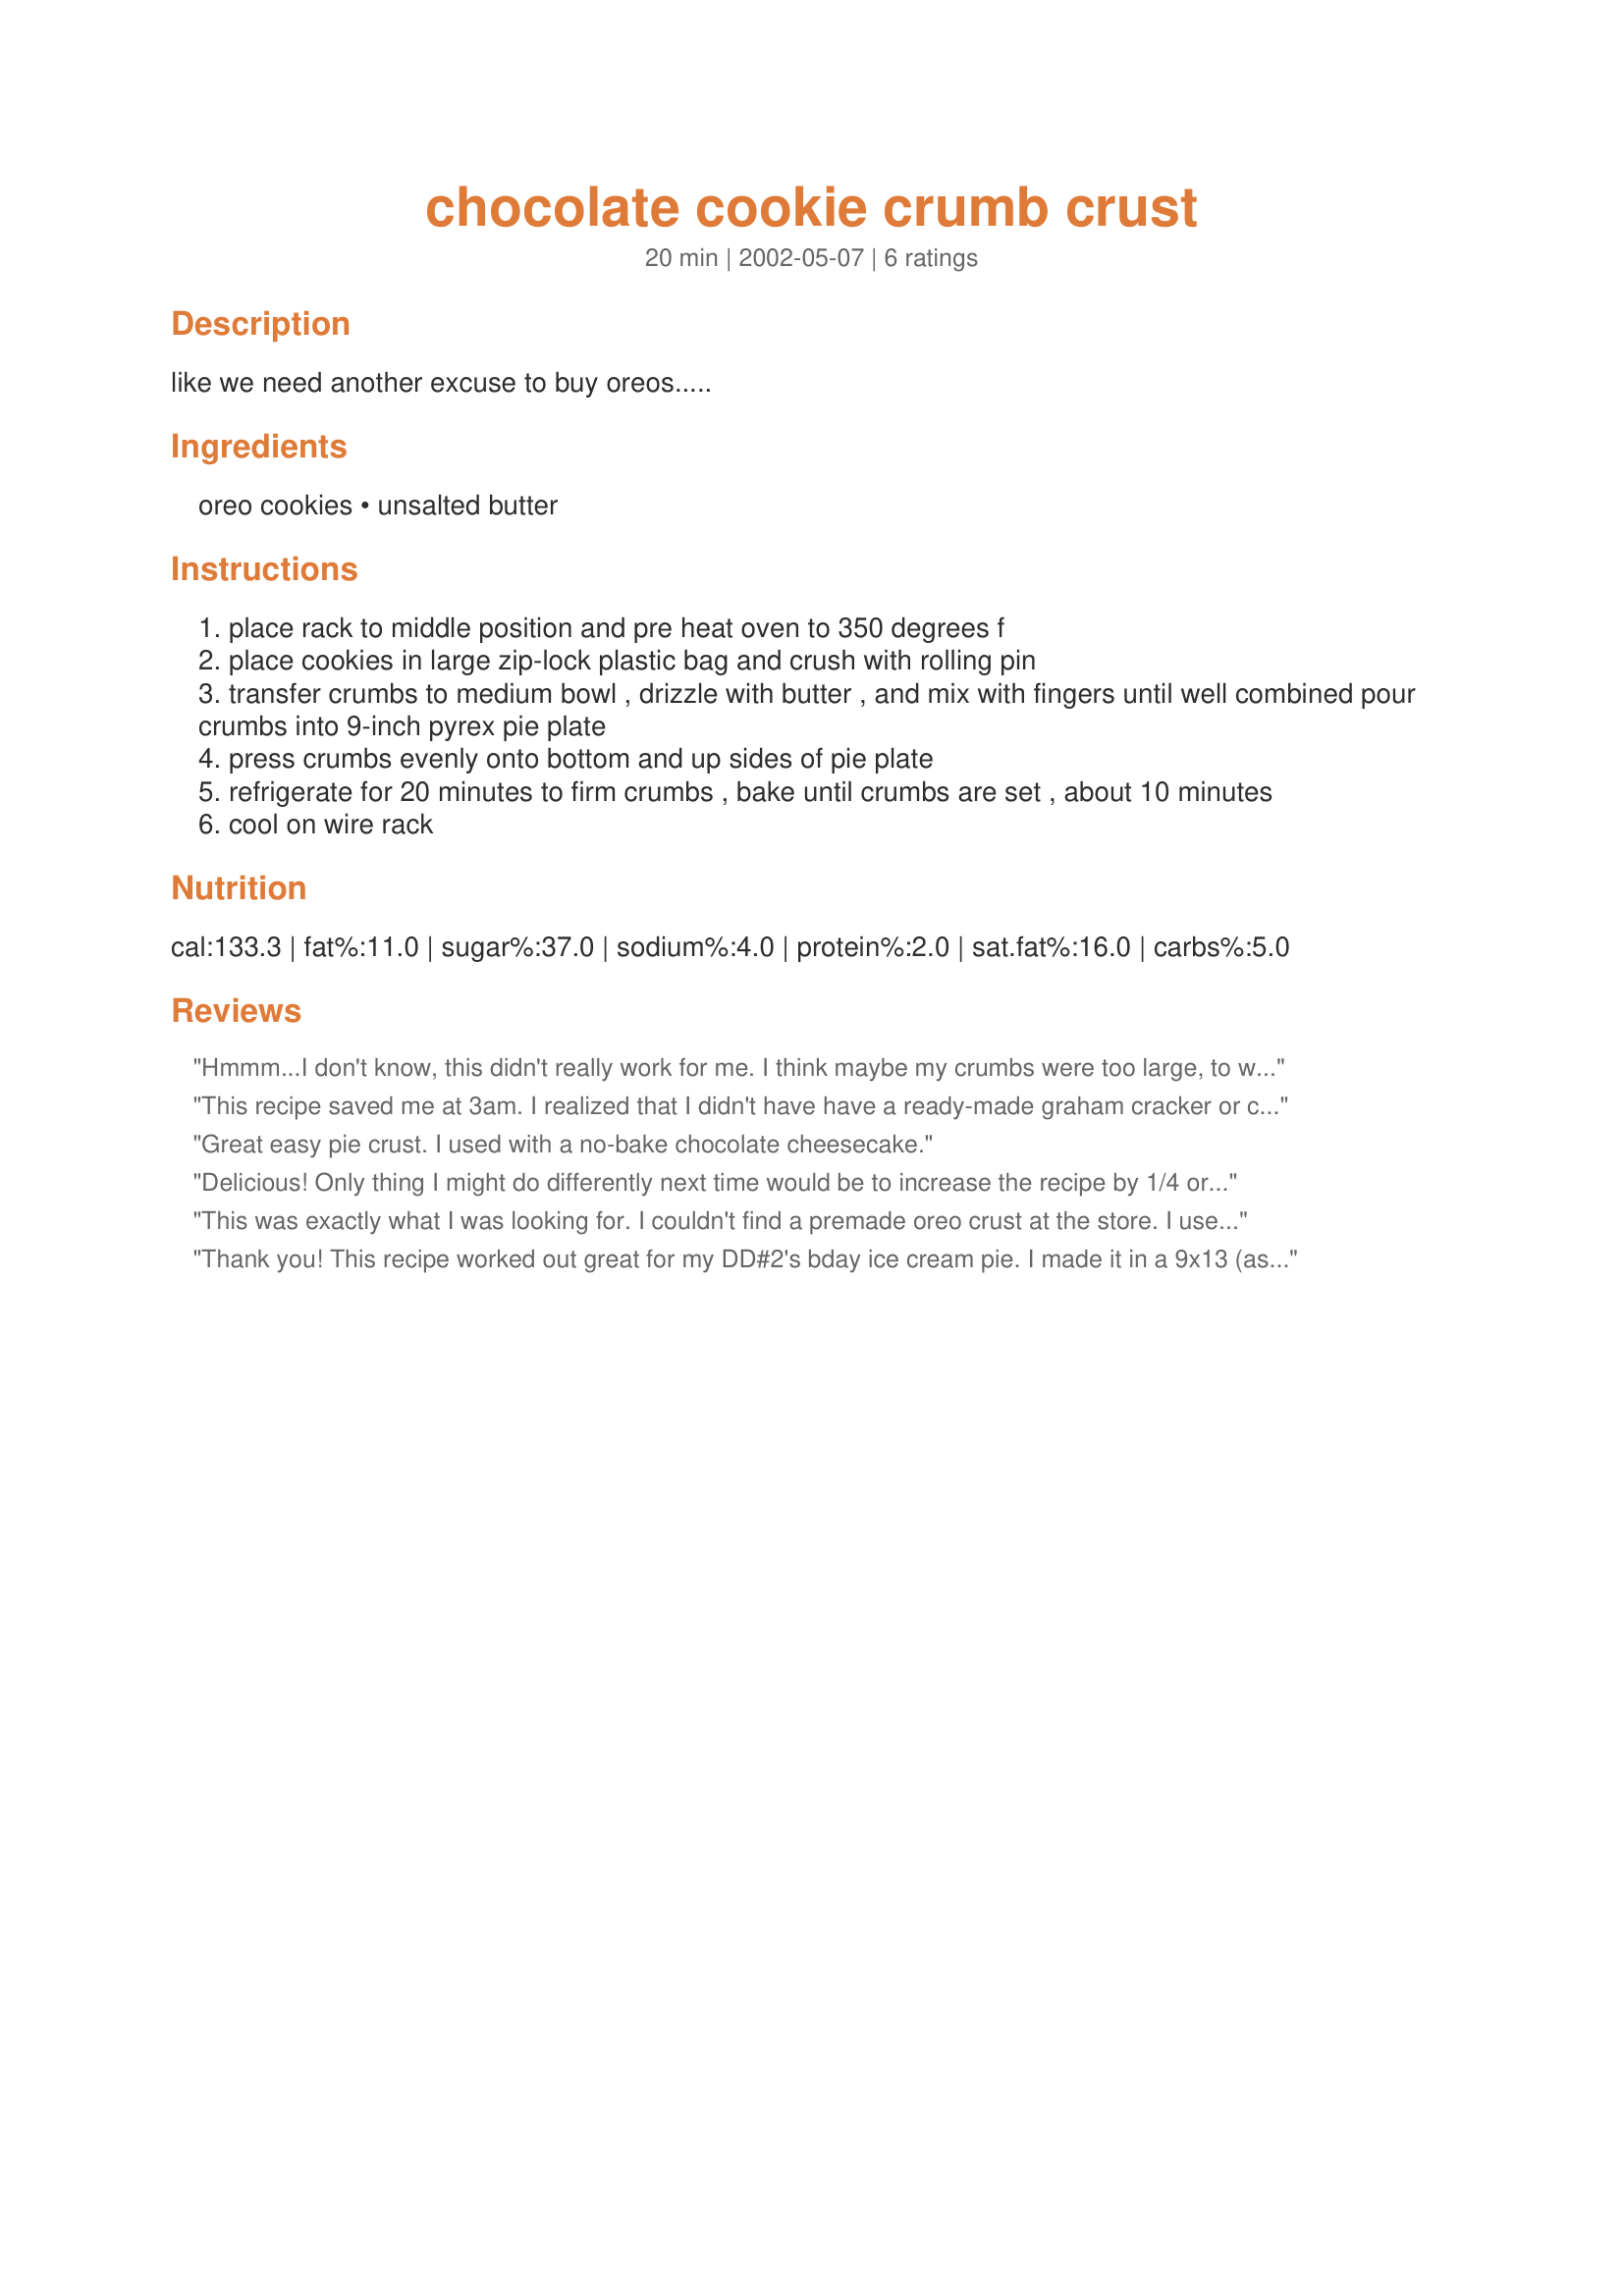
chocolate cookie crumb crust
Preparation time: 20 minutes

like we need another excuse to buy oreos.....

Ingredients:
oreo cookies, unsalted butter

Steps:
place rack to middle position and pre heat oven to 350 degrees f
place cookies in large zip-lock plastic bag and crush with rolling pin
transfer crumbs to medium bowl , drizzle with butter , and mix with fingers until well combined pour crumbs into 9-inch pyrex pie plate
press crumbs evenly onto bottom and up sides of pie plate
refrigerate for 20 minutes to firm crumbs , bake until crumbs are set , about 10 minutes
cool on wire rack

Reviews:
Hmmm...I don't know, this didn't really work for me. I think maybe my crumbs were too large, to which I would suggest that one always use the food processor and not crush the cookies with a rolling pin. My crust was just too crumbly and very difficult to form into the pie dish. It also did not seem to make enough; I still had little holes in the bottom that I had to crush a few more oreos to fill. Had it just been a crust judging contest, it may have lost, but once it was with the pie, the holes were not a problem. I think, however, that if you are a "crust" person who likes a more pronounced crust flavour and crunch, this is not the recipe for you. It definately, though, as ms_bold said, would be a more than decent substitution if you did not have graham crackers or a graham cracker crust.
This recipe saved me at 3am. I realized that I didn't have have a ready-made graham cracker or cookie crumb crust for Hershey Pie (#29084). I also didn't have any graham crackers! However, I did have Halloween Oreos...and used them to prepare the crust. It worked well (and it was Thanksgiving, so the bits of orange in the crust weren't totally out of season). Thanks for a life-saver.
Great easy pie crust. I used with a no-bake chocolate cheesecake.
Delicious! Only thing I might do differently next time would be to increase the recipe by 1/4 or 1/3. The crumbs were a little big and I was lazy about getting it spread evenly over the pie plate and had a few thin spots. Made for a Turtle Cheesecake Pie. YUM!
This was exactly what I was looking for. I couldn't find a premade oreo crust at the store. I used a food processor to make the crumbs. I think my favorite part of my pie was the crust.
Thank you! This recipe worked out great for my DD#2's bday ice cream pie. I made it in a 9x13 (as you can see in the pic). I doubled the recipe.
